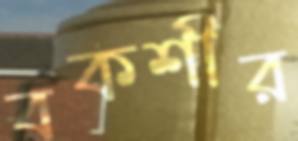
বকশীর